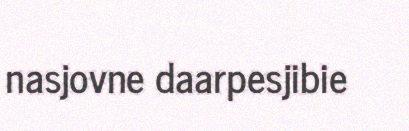
nasjovne daarpesjibie